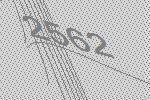
2562